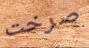
صرخت